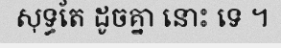
សុទ្ធតែ ដូចគ្នា នោះ ទេ ។